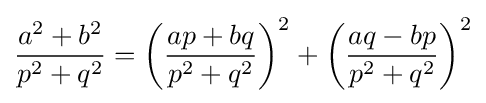
{\frac {a^{2}+b^{2}}{p^{2}+q^{2}}}=\left({\frac {ap+bq}{p^{2}+q^{2}}}\right)^{2}+\left({\frac {aq-bp}{p^{2}+q^{2}}}\right)^{2}